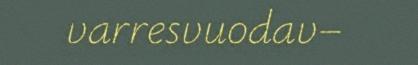
varresvuodav–